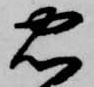
忠